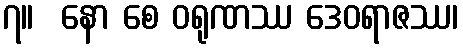
၇။  နော စေ ဝရုဏဿ ဒေဝရာဇဿ၊